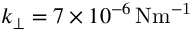
k _ { \perp } = 7 \times 1 0 ^ { - 6 } \, \mathrm { { N m ^ { - 1 } } }